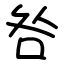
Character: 咎